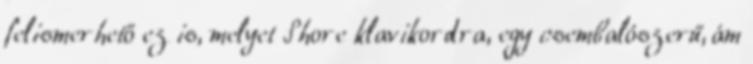
felismerhető ez is, melyet Shore klavikordra, egy csembalószerű, ám